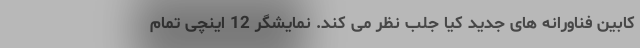
کابین فناورانه های جدید کیا جلب نظر می کند. نمایشگر 12 اینچی تمام